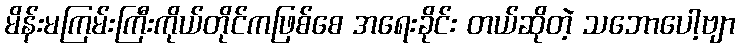
မိန်းမကြမ်းကြီးကိုယ်တိုင်ကဖြစ်စေ အရေးခိုင်း တယ်ဆိုတဲ့ သဘောပေါ့ဗျာ